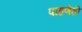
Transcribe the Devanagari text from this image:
पाहणेही